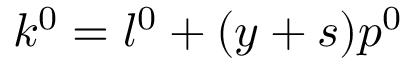
k ^ { 0 } = l ^ { 0 } + ( y + s ) p ^ { 0 }